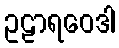
ဥဠာရဝေဒါ